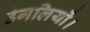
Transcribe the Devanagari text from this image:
उंगलियों।